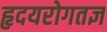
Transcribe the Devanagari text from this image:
हृदयरोगतज्ञ